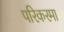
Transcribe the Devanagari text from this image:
परिकरमा